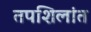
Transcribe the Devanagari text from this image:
तपशिलांत